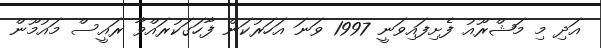
އަދި މި މަޝްރޫއު ފެށިފައިވަނީ 1997 ވަނަ އަހަރުކަން ފާހަގަކުރައްވާ ރައީސް މައުމޫން